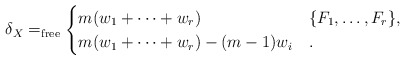
\begin{align*} \delta_X =_{\rm free} \begin{cases} m(w_1+\dots+w_r) & \{ F_1 , \ldots , F_r\}, \\ m(w_1+\dots +w_r) - (m-1)w_i & . \end{cases}\end{align*}